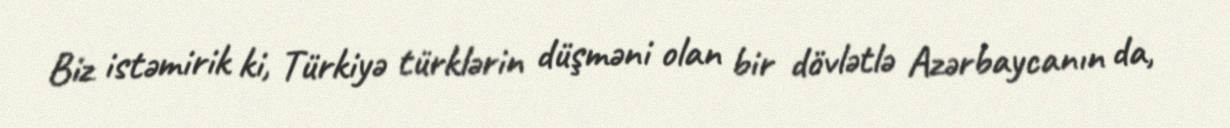
Biz istəmirik ki, Türkiyə türklərin düşməni olan bir dövlətlə Azərbaycanın da,